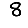
Digit: 8